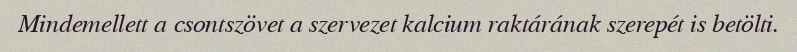
Mindemellett a csontszövet a szervezet kalcium raktárának szerepét is betölti.